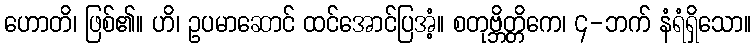
ဟောတိ၊ ဖြစ်၏။ ဟိ၊ ဥပမာဆောင် ထင်အောင်ပြအံ့။ စတုဗ္ဘိတ္တိကေ၊ ၄-ဘက် နံရံရှိသော။